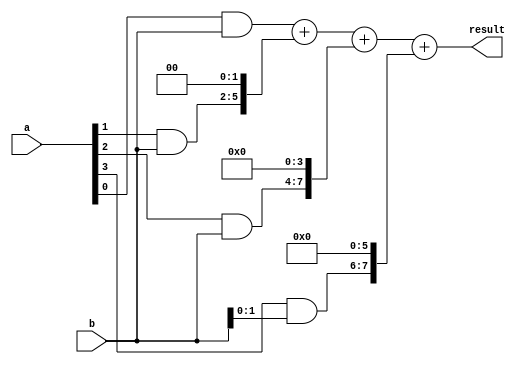
module radix_4_multiplier(
  input [3:0] a,
  input [3:0] b,
  output reg [7:0] result
);

reg [7:0] partial_product_1, partial_product_2, partial_product_3, partial_product_4;

assign partial_product_1 = a[0] & b;
assign partial_product_2 = a[1] & b;
assign partial_product_3 = a[2] & b;
assign partial_product_4 = a[3] & b;

assign result = partial_product_1 + (partial_product_2 << 2) + (partial_product_3 << 4) + (partial_product_4 << 6);

endmodule